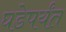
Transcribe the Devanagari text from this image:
घडेपर्यंत